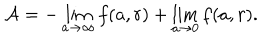
{ \cal A } = - \lim _ { a \rightarrow \infty } f ( a , r ) + \lim _ { a \rightarrow 0 } f ( a , r ) .